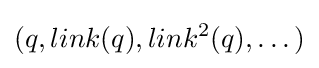
(q,link(q),link^{2}(q),\dots )